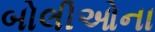
બોલીઓના